Problem: 44 + 38 = ?
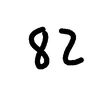
Handwritten answer: 82